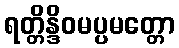
ရတ္တိန္ဒိဝမပ္ပမတ္တော